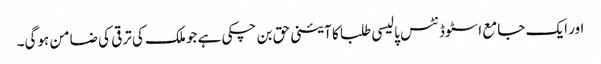
اور ایک جامع اسٹوڈنٹس پالیسی طلبا کا آئینی حق بن چکی ہے جو ملک کی ترقی کی ضامن ہوگی۔